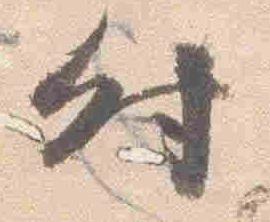
時